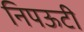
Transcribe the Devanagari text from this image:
निपऊटी